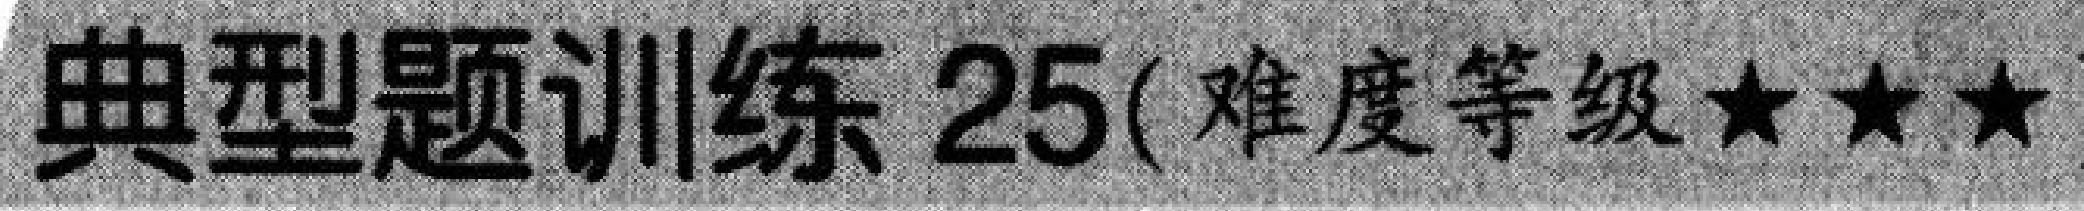
典型题训练 25(难度等级★★★)